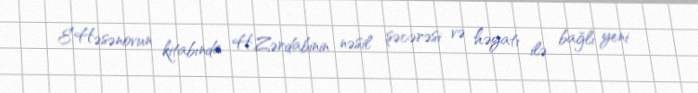
E.Həsənovun kitabında H.Zərdabinin nəsil şəcərəsi və həyatı ilə bağlı yeni